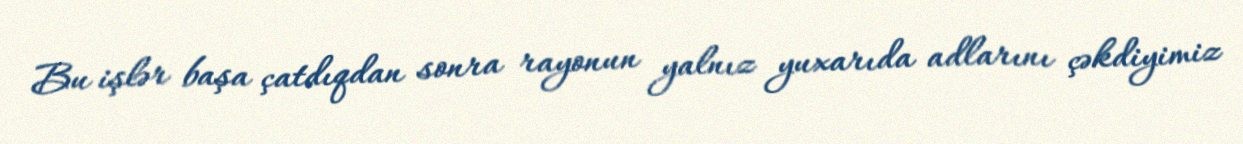
Bu işlər başa çatdıqdan sonra rayonun yalnız yuxarıda adlarını çəkdiyimiz